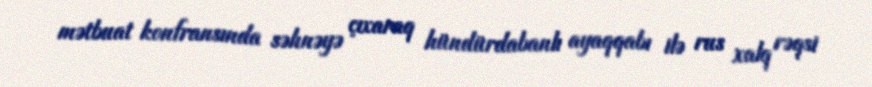
mətbuat konfransında səhnəyə çıxaraq hündürdabanlı ayaqqabı ilə rus xalq rəqsi